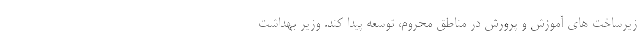
زیرساخت های آموزش و پرورش در مناطق محروم، توسعه پیدا کند. وزیر بهداشت